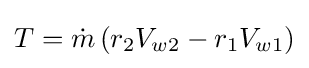
T={\dot {m}}\left(r_{2}V_{w2}-r_{1}V_{w1}\right)